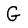
Character: G